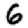
Digit: 6